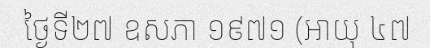
ថ្ងៃទី២៧ ឧសភា ១៩៧១ (អាយុ ៤៧